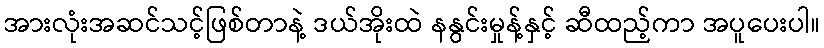
အားလုံးအဆင်သင့်ဖြစ်တာနဲ့ ဒယ်အိုးထဲ နနွင်းမှုန့်နှင့် ဆီထည့်ကာ အပူပေးပါ။